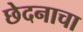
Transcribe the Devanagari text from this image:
छेदनाचा